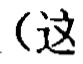
（这